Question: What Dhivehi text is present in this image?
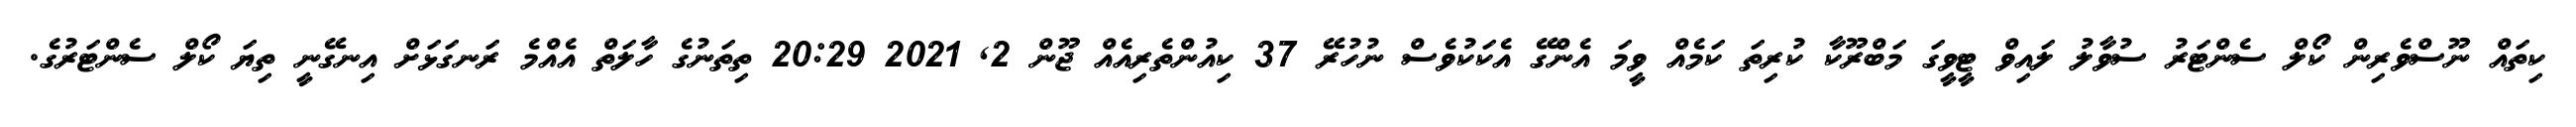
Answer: ކިތައް ނޫސްވެރިން ކޯލް ސެންޓަރު ސުވާލު ލައިވް ޓީވީގަ މަބްރޫކާ ކުރިތަ ކަމެއް ވީމަ އެންގޭ އެކަކުވެސް ނުހުރޭ 37 ކިއުންތެރިއެއް ޖޫން 2, 2021 20:29 ތިތަނުގެ ހާލަތް އެއްމެ ރަނގަޅަށް އިނގޭނީ ތިޔަ ކޯލް ސެންޓަރުގެ.